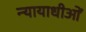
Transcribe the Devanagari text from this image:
न्यायाधीओं